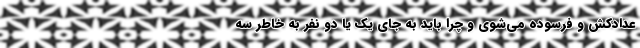
عداد‌کُش و فرسوده می‌شوی و چرا باید به جای یک یا دو نفر به خاطر سه